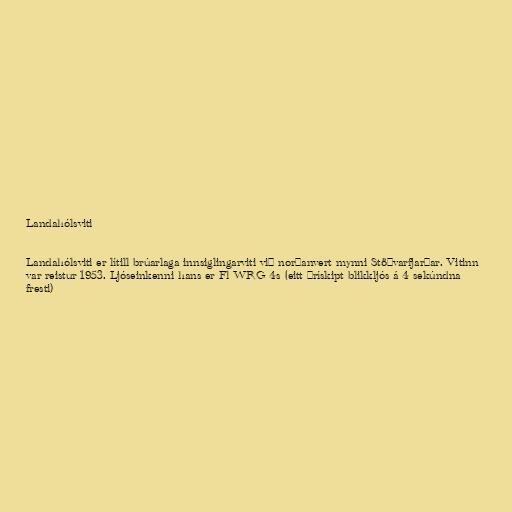
Landahólsviti

Landahólsviti er lítill brúarlaga innsiglingarviti við norðanvert mynni Stöðvarfjarðar. Vitinn
var reistur 1953. Ljóseinkenni hans er Fl WRG 4s (eitt þrískipt blikkljós á 4 sekúndna
fresti)